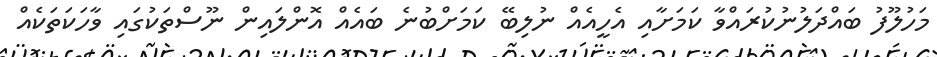
މަހުލޫފު ބައްދަލުނުކުރައްވާ ކަމަށާއި އެހީއެއް ނުލިބޭ ކަމަށްބުނެ ބައެއް އޮންލައިން ނޫސްތަކުގައި ވާހަކަތަކެއް